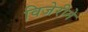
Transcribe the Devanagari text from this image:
विजेरीने